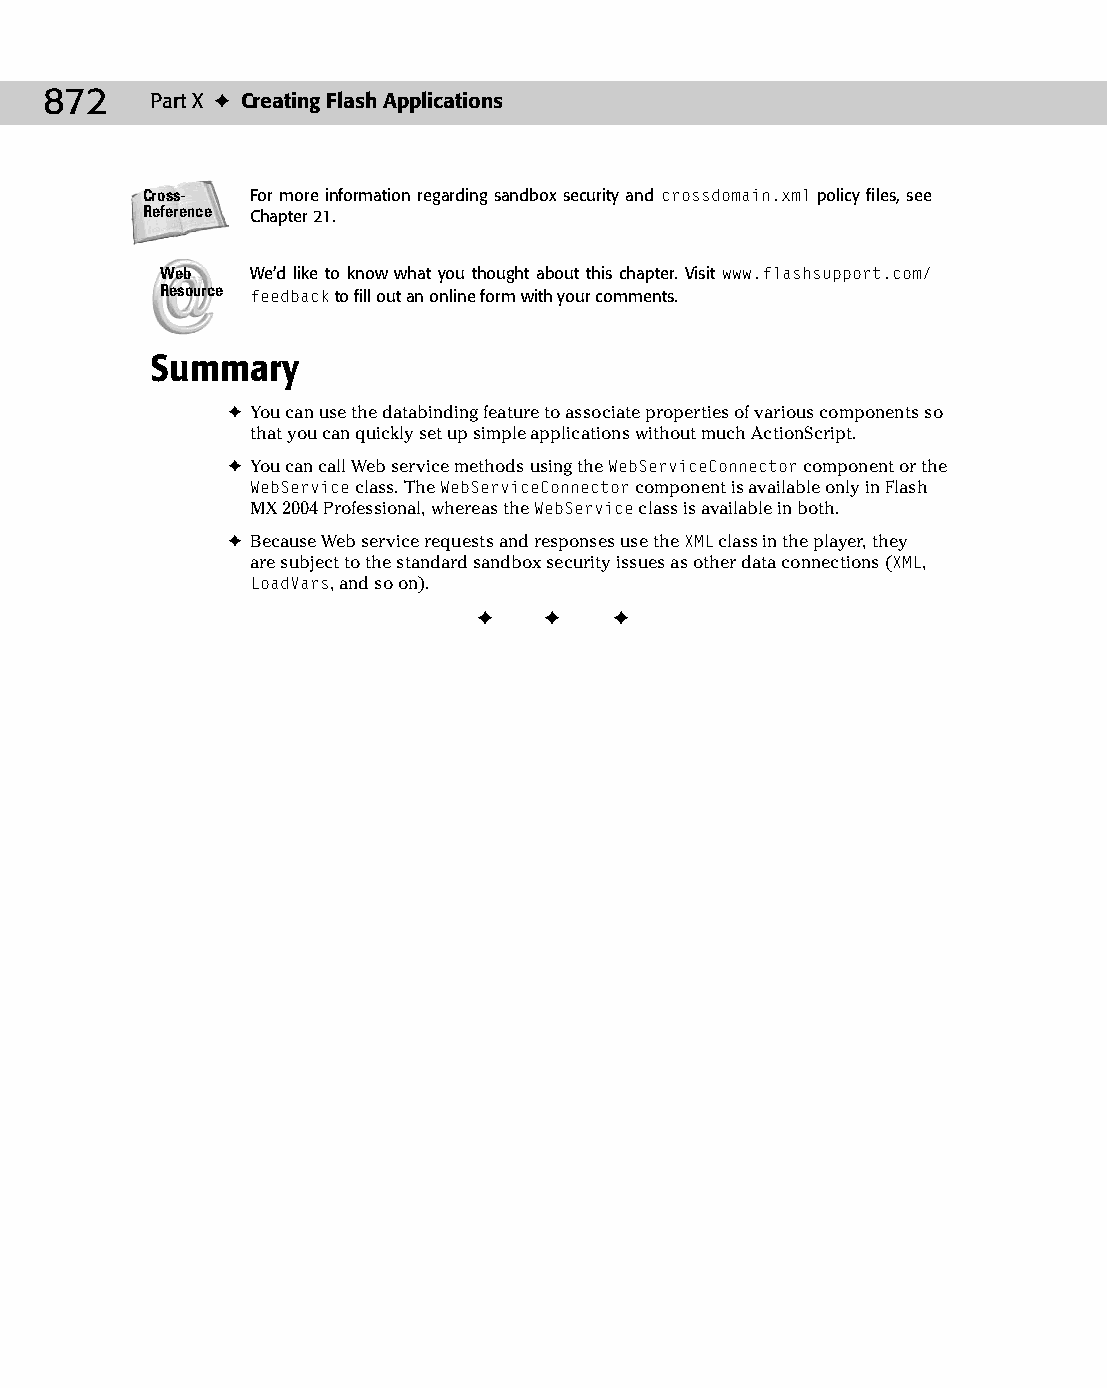
47 543547 ch36.qxd 3/24/04 4:15 PM Page 872
 872    Part X ✦ Creating Flash Applications
 Cross-  For more information regarding sandbox security and crossdomain.xml policy files, see
 Reference Chapter 21.
 Web   We’d like to know what you thought about this chapter. Visit www.flashsupport.com/
 Resource feedback to fill out an online form with your comments.
 Summary
 ✦ You can use the databinding feature to associate properties of various components so
 that you can quickly set up simple applications without much ActionScript.
 ✦ You can call Web service methods using the WebServiceConnector component or the
 WebService class. The WebServiceConnector component is available only in Flash
 MX 2004 Professional, whereas the WebService class is available in both.
 ✦ Because Web service requests and responses use the XML class in the player, they
 are subject to the standard sandbox security issues as other data connections (XML,
 LoadVars, and so on).
 ✦  ✦  ✦